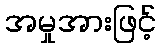
အမှုအားဖြင့်